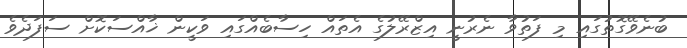
ބުނެވޭގޮތުގައި މި ފަތުވާ ނެރުނީ އިޒްރޭލުގެ އެތައް ހިސާބެއްގައި ވަކީން ޚާއްސަކޮށް ސަފަދެވެ